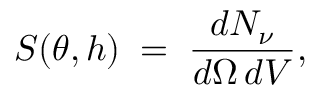
S ( \theta , h ) \; = \; { \frac { d N _ { \nu } } { d \Omega \, d V } } ,